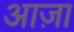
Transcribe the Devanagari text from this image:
आज़ा